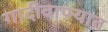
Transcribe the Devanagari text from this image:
गादीवाफ्यात